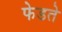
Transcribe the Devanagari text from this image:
फेडते